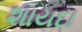
શાયદા